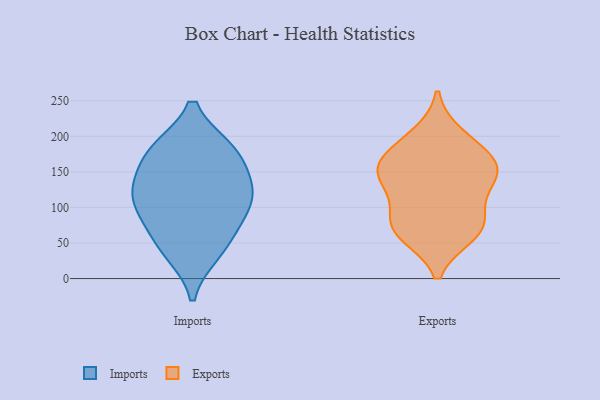
{"axis": {"x": "Operating Costs (USD K)", "y": "Value"}, "legend": ["Exports", "Imports"], "data": [{"x": "", "y": 181, "type": "Imports"}, {"x": "", "y": 45, "type": "Imports"}, {"x": "", "y": 139, "type": "Imports"}, {"x": "", "y": 181, "type": "Imports"}, {"x": "", "y": 180, "type": "Imports"}, {"x": "", "y": 37, "type": "Imports"}, {"x": "", "y": 111, "type": "Imports"}, {"x": "", "y": 75, "type": "Imports"}, {"x": "", "y": 96, "type": "Imports"}, {"x": "", "y": 131, "type": "Imports"}, {"x": "", "y": 115, "type": "Imports"}, {"x": "", "y": 73, "type": "Exports"}, {"x": "", "y": 82, "type": "Exports"}, {"x": "", "y": 181, "type": "Exports"}, {"x": "", "y": 200, "type": "Exports"}, {"x": "", "y": 63, "type": "Exports"}, {"x": "", "y": 158, "type": "Exports"}, {"x": "", "y": 149, "type": "Exports"}, {"x": "", "y": 71, "type": "Exports"}, {"x": "", "y": 141, "type": "Exports"}, {"x": "", "y": 158, "type": "Exports"}, {"x": "", "y": 125, "type": "Exports"}]}